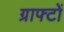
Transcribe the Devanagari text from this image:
ग्राफ्टों